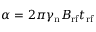
\alpha = 2 \pi \gamma _ { \mathrm { n } } B _ { \mathrm { r f } } t _ { \mathrm { r f } }